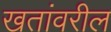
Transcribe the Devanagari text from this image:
खतांवरील